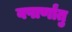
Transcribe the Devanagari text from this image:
वषार्णांतु